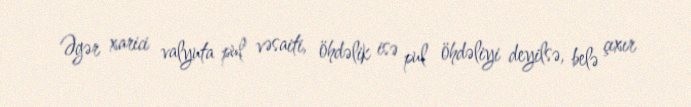
Əgər xarici valyuta pul vəsaiti, öhdəlik isə pul öhdəliyi deyilsə, belə çıxır